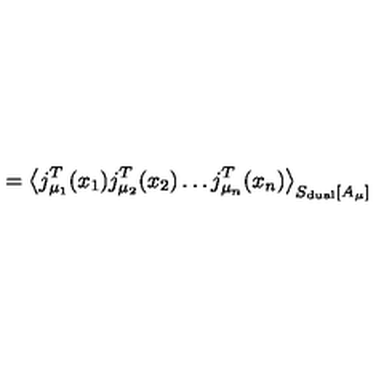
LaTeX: = \left\langle j _ { \mu _ { 1 } } ^ { T } ( x _ { 1 } ) j _ { \mu _ { 2 } } ^ { T } ( x _ { 2 } ) \ldots j _ { \mu _ { n } } ^ { T } ( x _ { n } ) \right\rangle _ { S _ { \mathrm { d u a l } } [ A _ { \mu } ] }